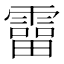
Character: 𩅑